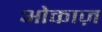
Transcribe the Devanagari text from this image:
ओकाज़